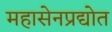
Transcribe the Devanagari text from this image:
महासेनप्रद्योत